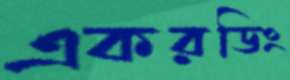
একরডিং